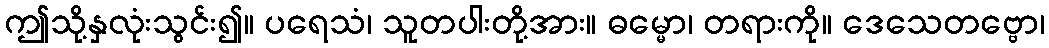
ဤသို့နှလုံးသွင်း၍။ ပရေသံ၊ သူတပါးတို့အား။ ဓမ္မော၊ တရားကို။ ဒေသေတဗ္ဗော၊